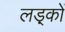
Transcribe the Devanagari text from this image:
लड़्कों